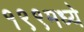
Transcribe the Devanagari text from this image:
१९९मध्ये